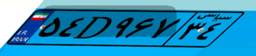
۵۴D۹۶۷۳۴